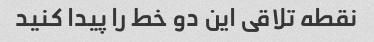
نقطه تلاقی این دو خط را پیدا کنید